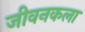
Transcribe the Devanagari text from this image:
जीवनकला